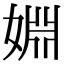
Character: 婣